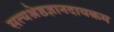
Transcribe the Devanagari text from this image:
सत्यश्रेष्ठज्ञानदायकम